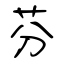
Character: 芬